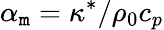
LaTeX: \alpha_{\mathtt{m}}=\kappa^{*}/\rho_{0}c_{p}